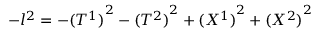
- l ^ { 2 } = - { ( T ^ { 1 } ) } ^ { 2 } - { ( T ^ { 2 } ) } ^ { 2 } + { ( X ^ { 1 } ) } ^ { 2 } + { ( X ^ { 2 } ) } ^ { 2 }